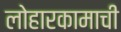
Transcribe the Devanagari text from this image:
लोहारकामाची